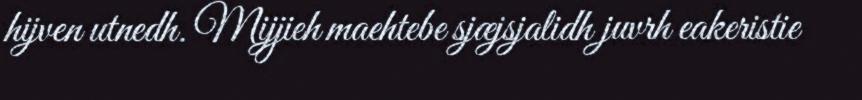
hijven utnedh. Mijjieh maehtebe sjæjsjalidh juvrh eakeristie